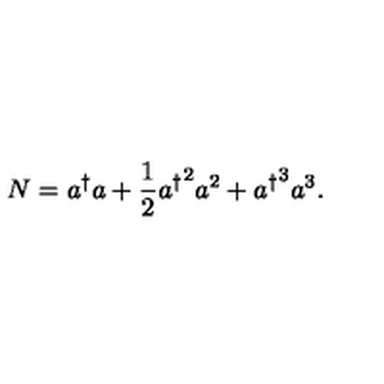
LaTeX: N = a ^ { \dagger } a + \frac { 1 } { 2 } { a ^ { \dagger } } ^ { 2 } a ^ { 2 } + { a ^ { \dagger } } ^ { 3 } a ^ { 3 } .